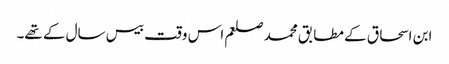
ابن اسحاق کے مطابق محمد صلعم اس وقت بیس سال کے تھے۔